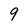
Character: 9